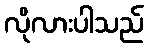
လိုလားပါသည်